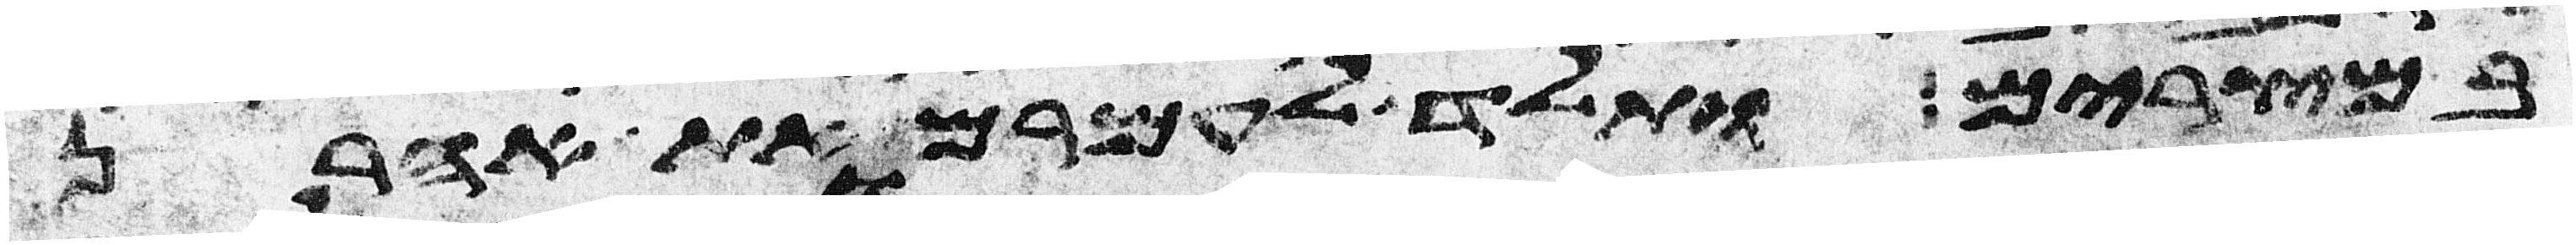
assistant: במצרים ותלד לעמרם את אהרן